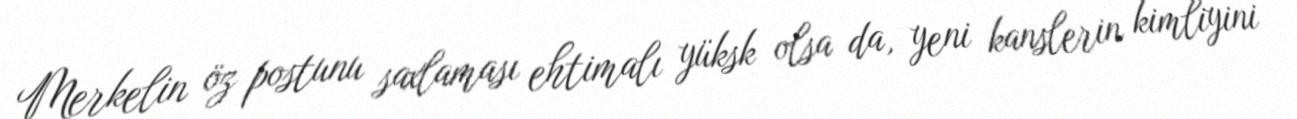
Merkelin öz postunu saxlaması ehtimalı yüksk olsa da, yeni kanslerin kimliyini